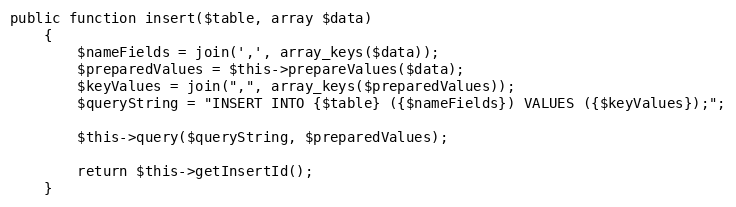
Language: PHP
public function insert($table, array $data)
    {
        $nameFields = join(',', array_keys($data));
        $preparedValues = $this->prepareValues($data);
        $keyValues = join(",", array_keys($preparedValues));
        $queryString = "INSERT INTO {$table} ({$nameFields}) VALUES ({$keyValues});";

        $this->query($queryString, $preparedValues);

        return $this->getInsertId();
    }